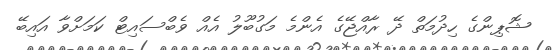
ޝޮޕިންގެ ހިދުމަތް ދޭ ރާއްޖޭގެ އެންމެ މަގުބޫލު އެއް ވެބްސައިޓް ކަމަށްވާ އައިބޭ